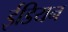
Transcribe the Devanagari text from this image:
ईडियन